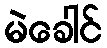
မဲခေါင်